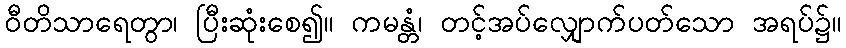
ဝီတိသာရေတွာ၊ ပြီးဆုံးစေ၍။ ကမန္တံ၊ တင့်အပ်လျှောက်ပတ်သော အရပ်၌။